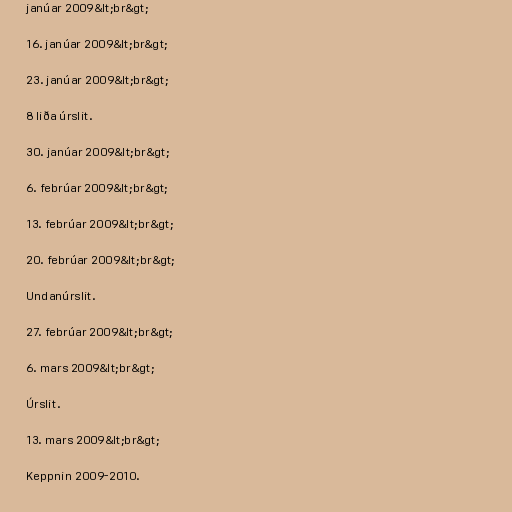
janúar 2009&lt;br&gt;

16. janúar 2009&lt;br&gt;

23. janúar 2009&lt;br&gt;

8 liða úrslit.

30. janúar 2009&lt;br&gt;

6. febrúar 2009&lt;br&gt;

13. febrúar 2009&lt;br&gt;

20. febrúar 2009&lt;br&gt;

Undanúrslit.

27. febrúar 2009&lt;br&gt;

6. mars 2009&lt;br&gt;

Úrslit.

13. mars 2009&lt;br&gt;

Keppnin 2009-2010.